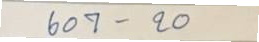
607 - 20